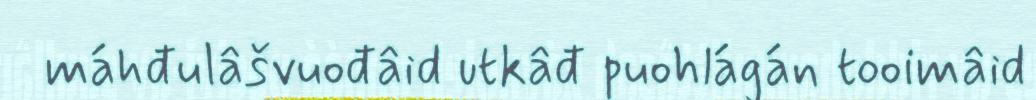
máhđulâšvuođâid utkâđ puohlágán tooimâid